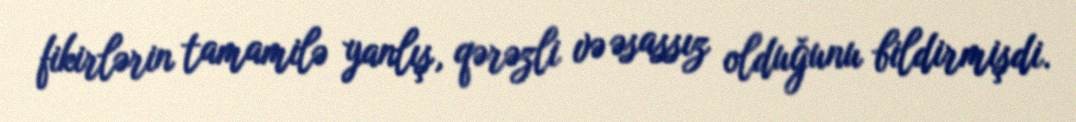
fikirlərin tamamilə yanlış, qərəzli və əsassız olduğunu bildirmişdi.